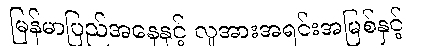
မြန်မာပြည်အနေနှင့် လူအားအရင်းအမြစ်နှင့်